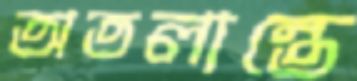
অতলান্তে